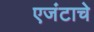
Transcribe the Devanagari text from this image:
एजंटाचे